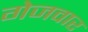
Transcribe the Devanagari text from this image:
गेजवार